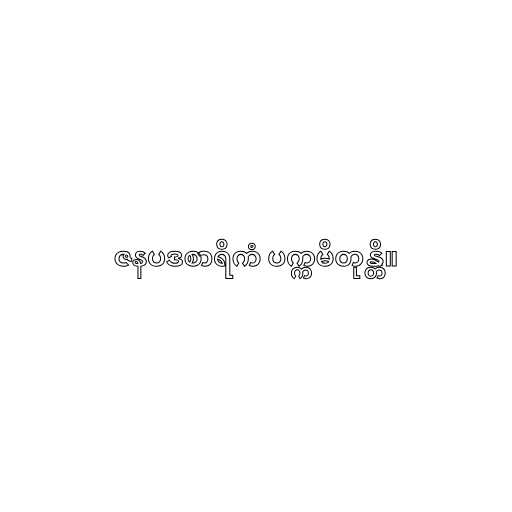
ဇနပဒစာရိကံ ပက္ကမိတုန္တိ။